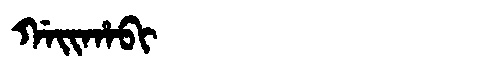
Manchu: ᡤᠠᡳᡥᠠᠪᡳ
Romanization: GAIHABI